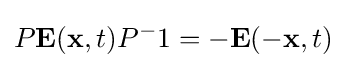
P\mathbf {E} (\mathbf {x} ,t)P^{-}1=-\mathbf {E} (\mathbf {-x} ,t)